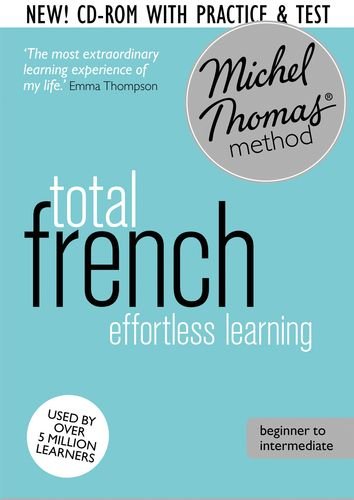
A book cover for Total French: Revised (Learn French with the Michel Thomas Method) (A  Hodder Education Publication); Michel Thomas; Reference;